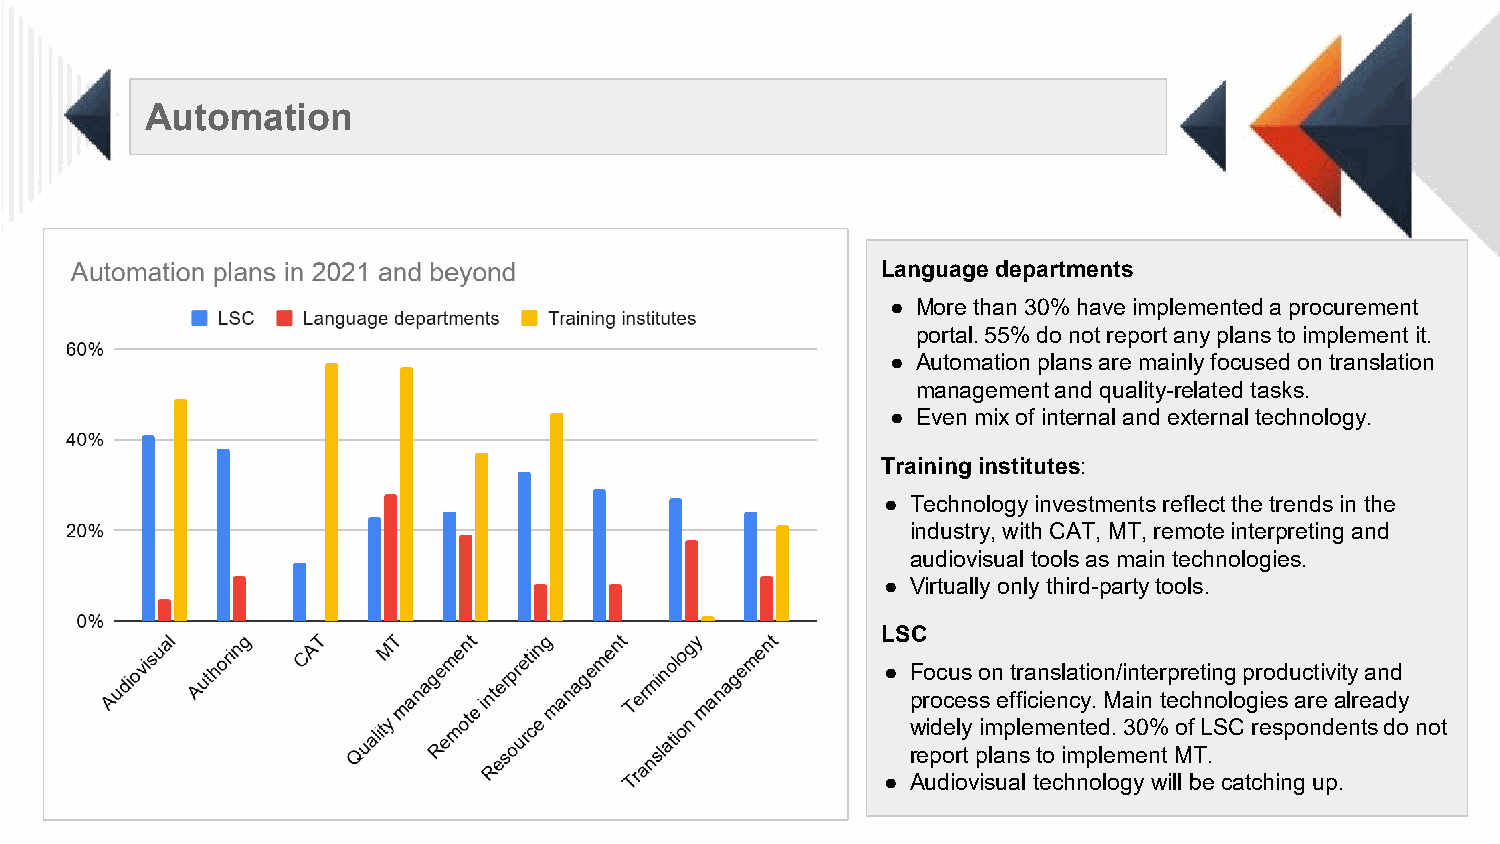
Automation
 Language departments
 ● More than 30% have implemented a procurement
 portal. 55% do not report any plans to implement it.
 ● Automation plans are mainly focused on translation
 management and quality-related tasks.
 ● Even mix of internal and external technology.
 Training institutes:
 ● Technology investments reflect the trends in the
 industry, with CAT, MT, remote interpreting and
 audiovisual tools as main technologies.
 ● Virtually only third-party tools.
 LSC
 ● Focus on translation/interpreting productivity and
 process efficiency. Main technologies are already
 widely implemented. 30% of LSC respondents do not
 report plans to implement MT.
 ● Audiovisual technology will be catching up.